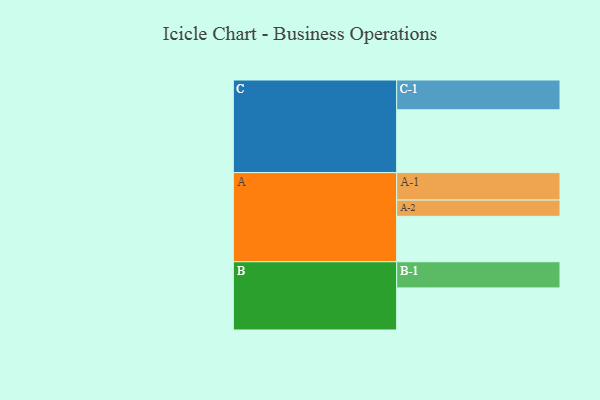
{"axis": {"x": "Segment", "y": "Value"}, "legend": ["", "A", "B", "C"], "data": [{"x": "A", "y": 392, "type": ""}, {"x": "B", "y": 363, "type": ""}, {"x": "C", "y": 542, "type": ""}, {"x": "A-1", "y": 237, "type": "A"}, {"x": "A-2", "y": 140, "type": "A"}, {"x": "B-1", "y": 226, "type": "B"}, {"x": "C-1", "y": 257, "type": "C"}]}